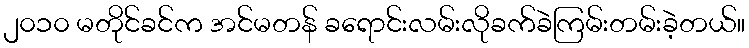
၂၀၁၀ မတိုင်ခင်က အင်မတန် ခရောင်းလမ်းလိုခက်ခဲကြမ်းတမ်းခဲ့တယ်။